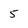
Character: 5